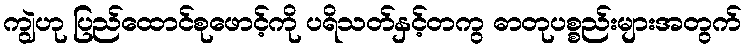
ကျွဲဟု ပြည်ထောင်စုဖောင့်ကို ပရိသတ်နှင့်တကွ ဓာတုပစ္စည်းများအတွက်